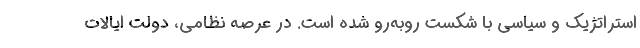
استراتژيك و سياسي با شكست روبه‌رو شده است. در عرصه نظامي، دولت ايالات